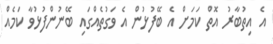
އެ އިތުބާރު އޮތް ކަމަށް އެ ބޭފުޅުން އެ ވަގުތެއްގައި ބޭނުންފުޅުވާ ކަމެއް